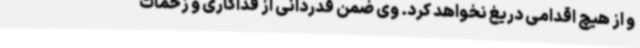
و از هیچ اقدامی دریغ نخواهد کرد. وی ضمن قدردانی از فداکاری و زحمات